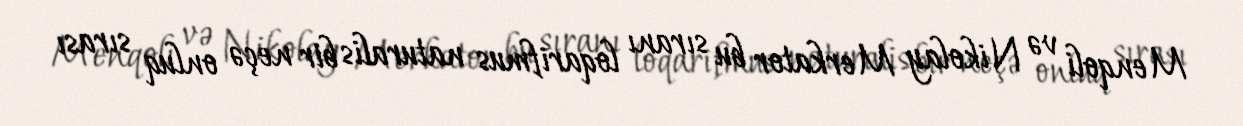
Menqoli və Nikolay Merkator bu sıranı loqarifmus naturalis bir neçə onluq sırası